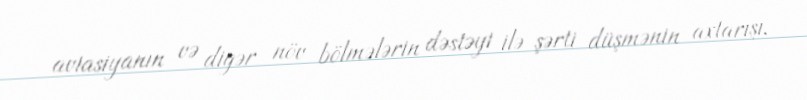
aviasiyanın və digər növ bölmələrin dəstəyi ilə şərti düşmənin axtarışı,